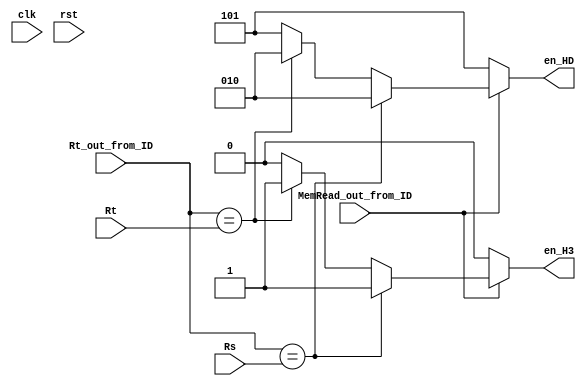


module Hazard_Detection( clk, rst, MemRead_out_from_ID, Rt_out_from_ID, Rs, Rt, en_HD, en_H3 ) ;

input clk, rst, MemRead_out_from_ID ;
input [4:0] Rs, Rt, Rt_out_from_ID ;

output en_H3 ;
output [2:0] en_HD ;

reg en_H3 ;
reg[2:0] en_HD ;
reg[2:0] current_state, next_state;

parameter Idle = 3'b101 ;
parameter Stall = 3'b010 ; // {en_IF, flash, en_PC}


always@( MemRead_out_from_ID or Rt_out_from_ID or Rs or Rt )
begin
    if( MemRead_out_from_ID ) begin
	    if( Rt_out_from_ID == Rs ) begin
		    en_HD = Stall ;
		    en_H3 = 1'b1 ;
		end
		else if( Rt_out_from_ID == Rt ) begin
            en_HD = Stall ;
		    en_H3 = 1'b1 ;
        end
	    else begin
			en_HD = Idle ;
		    en_H3 = 1'b0 ;
		end
	end
	else begin
        en_HD = Idle ;
		en_H3 = 1'b0 ;
	end
end
/*

always@( posedge clk ) 
  if( rst ) current_state = Idle ;
  else current_state = next_state ;
  
always@( MemRead_out_from_ID or Rt_out_from_ID or Rs or Rt or current_state )
begin
  case( current_state )
  Idle: begin
		if( MemRead_out_from_ID ) begin
		  if( Rt_out_from_ID == Rs )
		    next_state = Stall ;
		  else if( Rt_out_from_ID == Rt )
		    next_state = Stall ;
		  else next_state = Idle ;
        end
		else next_state = Idle ;
		
		en_HD = Idle ;
		en_H3 = 1'b0 ;
		
		end
  Stall:begin
		next_state = Idle ;
		
		en_HD = Stall ;
		en_H3 = 1'b1 ;
		
		end
  default: next_state = Idle ;
  endcase
end   
*/

endmodule